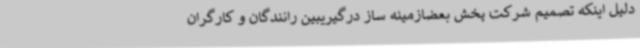
دلیل اینکه تصمیم شرکت پخش بعضازمینه ساز درگیریبین رانندگان و کارگران